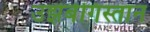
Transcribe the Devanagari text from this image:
उझबेगिस्तान